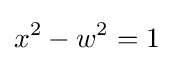
x^{2}-w^{2}=1